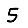
Digit: 5